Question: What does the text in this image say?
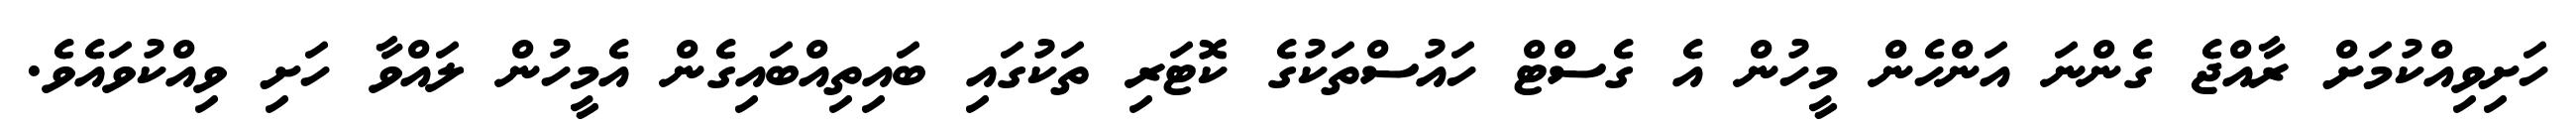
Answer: ހަށިވިއްކުމަށް ރާއްޖެ ގެންނަ އަންހެން މީހުން އެ ގެސްޓް ހައުސްތަކުގެ ކޮޓަރި ތަކުގައި ބައިތިއްބައިގެން އެމީހުން ލައްވާ ހަށި ވިއްކުވައެވެ.